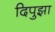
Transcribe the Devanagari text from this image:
दिपुझा